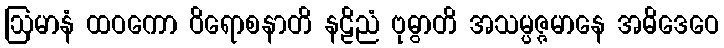
ဩမာနံ ထဝကော ဝိရောစနာတိ နဠိညံ ဗုဓွာတိ အသမ္ပဇ္ဇမာနေ အဓိဒေဝေ